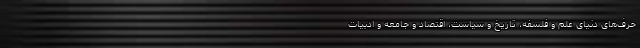
حرف‌های دنیای علم و فلسفه، تاریخ و سیاست، اقتصاد و جامعه و ادبیات